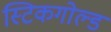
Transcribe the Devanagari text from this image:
स्टिकगोल्ड